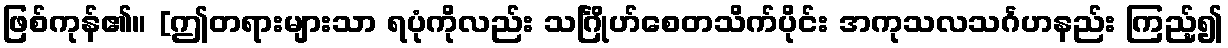
ဖြစ်ကုန်၏။ [ဤတရားများသာ ရပုံကိုလည်း သင်္ဂြိုဟ်စေတသိက်ပိုင်း အကုသလသင်္ဂဟနည်း ကြည့်၍